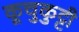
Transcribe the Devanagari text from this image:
कूचुकुट्टी